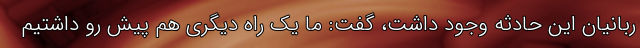
ربانیان این حادثه وجود داشت، گفت: ما یک راه دیگری هم پیش رو داشتیم